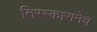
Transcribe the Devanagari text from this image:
तिरस्कारानेच